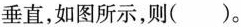
垂直，如图所示，则()。